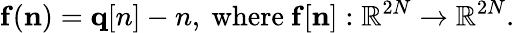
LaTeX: {\displaystyle{\mathbf f}({\mathbf n})={\mathbf q[n]-n},~\mathrm{where}~{\mathbf f}[{\mathbf n}]:\mathbb{R}^{2N}\rightarrow\mathbb{R}^{2N}}.